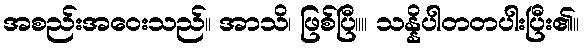
အစည်းအဝေးသည်။ အာသိ၊ ဖြစ်ပြီ။။ သန္နိပါတတပါးပြီး၏။